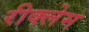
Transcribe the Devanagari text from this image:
रीक्लेम